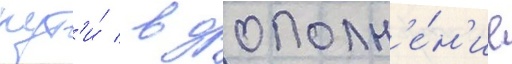
пут'и́ / в дополн'е́н'ие